Leaving Certificate Examination, 1911
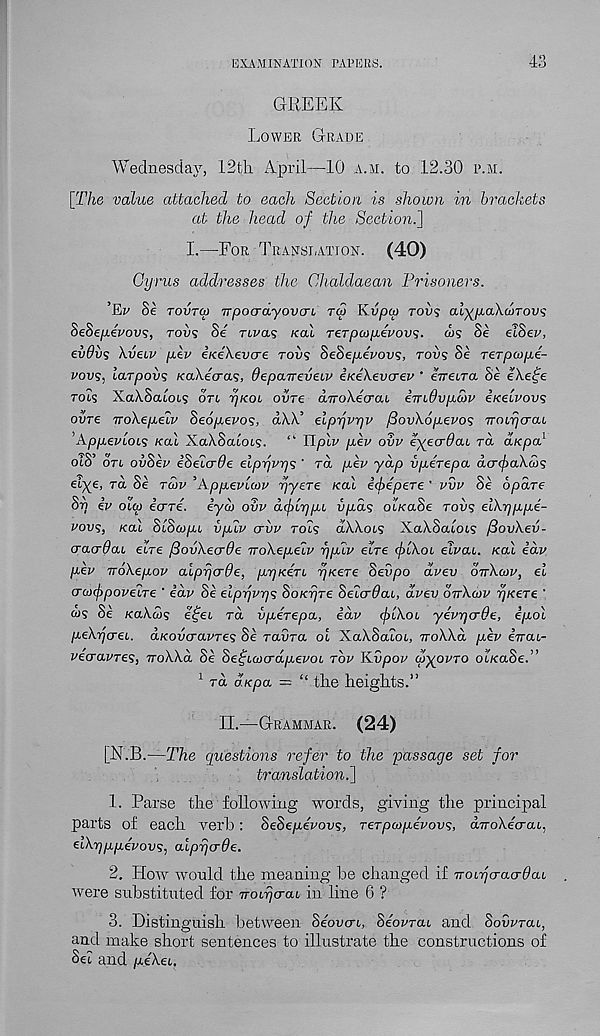
EXA M IN ATI ON PAT EES.
43
GREEK
Lower Grade
Wednesday, 12th April—10 a.m. to 12.30 p.m.
[The value attached to each Section is shown in brackets
at the head of the Section.]
I.—For Translation. (40)
Cyrus addresses the Chaldaean Prisoners.
’Ev Se tovtco TTpocrayovcrb tco K.vpco rovs al^pahcoTov';
SeSepevovs, tou? Se rivas nal reTpcopevovs. ws Se elSer,
evdiis Xveiv pkv ii<e\evcre tovs SeSepevovs, rovs Se rerpaipe-
vovs, iarpovs KaXecras, Oepcureveiv iKeXevcrev ' eVeira Se eXefe
tols XaLScuois oti tjkol ovtc dnoXecraL emOvpMv iKeivovs
ovre TToXepelv Seopevos, dAA’ elprjvrjv f3ov\6pevos TroirjcraL
'A.pp€vloi<i kou XaXSalot?. “ Tlplv per ovv eyeadai to. d.Kpa l
oiS’ on oiiSer eSeicrde elpyrys ' rd per yap vperepa dorefraXcos
etye, rd Se tmv ’Appevluv fyere Kal iebepere ' vvv Se opdre
Sy ev oico eare. eya> ovv dflypt vpas ouKaSe tov? eiXyppe-
vovs, Kal SIScopc vpiv o-vv tols clXXols XaXSatois fiovXev-
craarOaL elre fiovXeade iroXepeiv yplv eire (fiXoi elvaL. Kal idv
pev voXepov alpyarOe, pyKen yKere Seiipo dvev ottXwv, el
crcofpove'iTe ' idv Se elpyvys SoKyre SeladaL, dvev ottXcjv yKere '
0? Se KaXojs e£et rd vperepa, idv fiXoi, yevycrOe, epol
peXycei. aKovo-avres Se ravra ol XaXSacoL, iroXXd pev inac-
vecravres, noXXd Se Se^LcocrdpevoL rbv Kvpov tpypvjo OLKaSe.”
1 rd d.Kpa — “ the heights.”
II.—Grammar. (24)
[N.B.—The questions refer to the passage set for
translation.]
1. Parse the following words, giving the principal
parts of each verb: SeSepevovs, Terpwpevovs, diroXecrai,
eiXyppevovs, alpycrde.
2. How would the meaning be changed if Troiyo-acrOai
were substituted for Trobycrcu in line 6 ?
3. Distinguish between Seovo-L, Se'ovraL and Sodvrac,
and make short sentences to illustrate the constructions of
Set and pe'Xec.